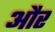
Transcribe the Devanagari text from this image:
और